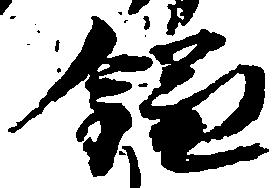
鎌